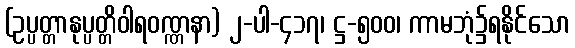
(ဥပ္ပတ္တာနုပ္ပတ္တိဝါရဝဏ္ဏနာ) ၂-ပါ-၄၁၇၊ ဋ္ဌ-၅၀၀၊ ကာမဘုံ၌ရနိုင်သော